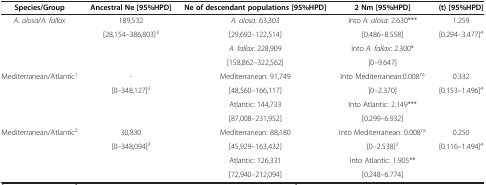
<table><thead><tr><td><b>Species/Group</b></td><td><b>Ancestral Ne [95%HPD]</b></td><td><b>Ne of descendant populations [95%HPD]</b></td><td><b>2 Nm [95%HPD]</b></td><td><b>(t) [95%HPD]</b></td></tr></thead><tbody><tr><td><i>A. alosa</i>/<i>A. fallax</i></td><td>189,532</td><td><i>A. alosa</i>: 63,303</td><td>Into <i>A. alosa</i>: 2.630***</td><td>1.259</td></tr><tr><td> </td><td>[28,154–386,803]<sup>3</sup></td><td>[29,692–122,514]</td><td>[0.486–8.558]</td><td>[0.294–3.477]<sup>4</sup></td></tr><tr><td> </td><td> </td><td><i>A. fallax</i>: 228,909</td><td>Into <i>A. fallax</i>: 2.300*</td><td> </td></tr><tr><td> </td><td> </td><td>[158,862–322,562]</td><td>[0–9.647]</td><td> </td></tr><tr><td>Mediterranean/Atlantic<sup>1</sup></td><td>-</td><td>Mediterranean: 91,749</td><td>Into Mediterranean:0.008<sup>ns</sup></td><td>0.332</td></tr><tr><td> </td><td>[0–348,127]<sup>3</sup></td><td>[48,560–166,117]</td><td>[0–2.370]</td><td>[0.153–1.496]<sup>4</sup></td></tr><tr><td> </td><td> </td><td>Atlantic: 144,733</td><td>Into Atlantic: 2.149***</td><td> </td></tr><tr><td> </td><td> </td><td>[87,008–231,952]</td><td>[0.299–6.932]</td><td> </td></tr><tr><td>Mediterranean/Atlantic<sup>2</sup></td><td>30,830</td><td>Mediterranean: 88,180</td><td>Into Mediterranean: 0.008<sup>ns</sup></td><td>0.250</td></tr><tr><td> </td><td>[0–348,094]<sup>3</sup></td><td>[45,929–163,432]</td><td>[0–2.538]<sup>3</sup></td><td>[0.116–1.494]<sup>4</sup></td></tr><tr><td> </td><td> </td><td>Atlantic: 126,331</td><td>Into Atlantic: 1.905**</td><td> </td></tr><tr><td> </td><td> </td><td>[72,940–212,094]</td><td>[0.248–6.774]</td><td> </td></tr></tbody></table>